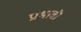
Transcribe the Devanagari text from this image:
प्राभावी